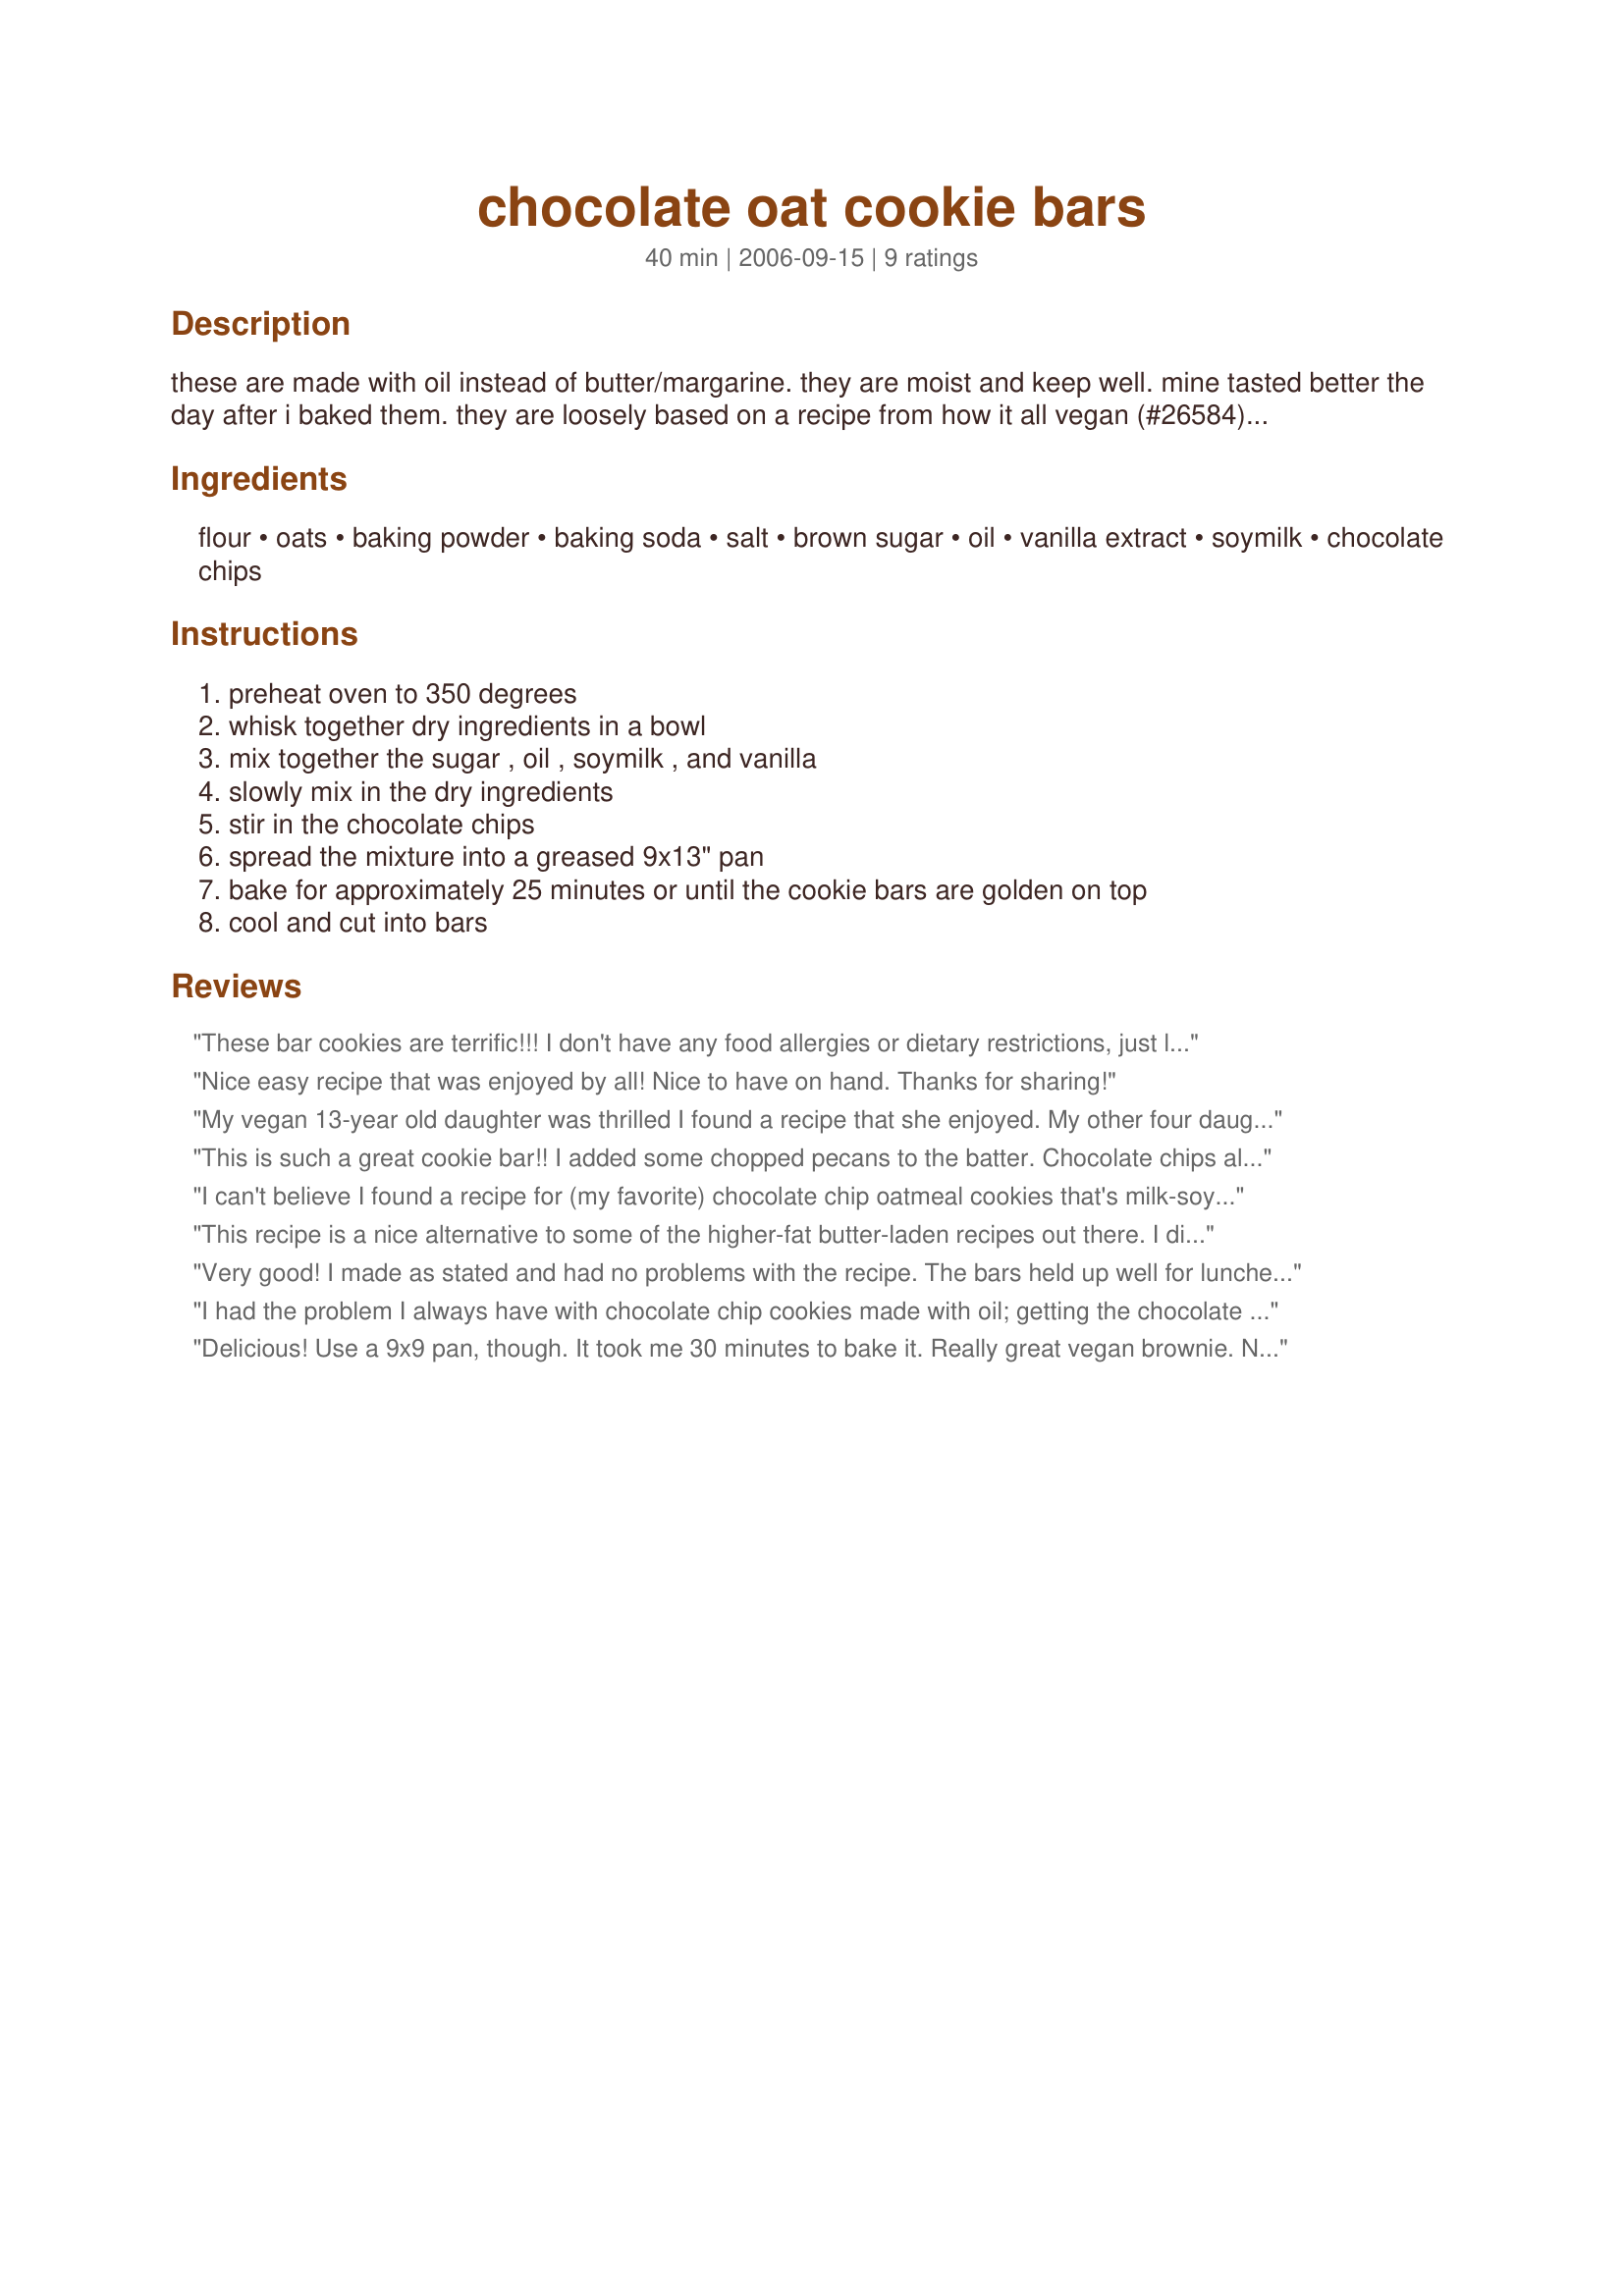
chocolate oat cookie bars
Preparation time: 40 minutes

these are made with oil instead of butter/margarine. they are moist and keep well. mine tasted better the day after i baked them. they are loosely based on a recipe from how it all vegan (#26584). the dough is extremely moist, and it maybe possible to cut back on the amount of oil or soy milk.

Ingredients:
flour, oats, baking powder, baking soda, salt, brown sugar, oil, vanilla extract, soymilk, chocolate chips

Steps:
preheat oven to 350 degrees, whisk together dry ingredients in a bowl, mix together the sugar , oil , soymilk , and vanilla, slowly mix in the dry ingredients, stir in the chocolate chips, spread the mixture into a greased 9x13" pan, bake for approximately 25 minutes or until the cookie bars are golden on top, cool and cut into bars

Reviews:
These bar cookies are terrific!!! I don't have any food allergies or dietary restrictions, just liked the idea of a simple recipe that didn't rely on eggs and/or butter which aren't always necessarily on hand. My thinking was "Anything with a whole cup of brown sugar can't turn out bad!" And I was very pleasantly surprised with the end product! The only change I made was that I subbed half the chocolate chips for butterscotch chips and would definitely do it that way again. As other posters mentioned, these do keep well and stay moist, but it is a little awkward getting the dough into the pan since it is rather sticky and the dough doesn't adhere to the chocolate chips. That being said, it all seemed to come together as it baked, and looked nice with whole chips on the top. Thank you for sharing this delicious recipe! I'll be making it much more in the future!
Nice easy recipe that was enjoyed by all! Nice to have on hand. Thanks for sharing!
My vegan 13-year old daughter was thrilled I found a recipe that she enjoyed. My other four daughters also enjoyed them. Thanks!
This is such a great cookie bar!! I added some chopped pecans to the batter. Chocolate chips always taste better with some nuts!! Thanks!
I can't believe I found a recipe for (my favorite) chocolate chip oatmeal cookies that's milk-soy-egg allergy-friendly!!! Oh thank goodness.

I used rice milk in place of soy milk, and I replaced all but 2 Tbs of oil with applesauce.

I liked the results in my 9x13 pan, but it does have a slight taste of "something missing" but I'm pretty sure that just means I need to add more salt. My chocolate chips did stick to the batter nicely, but I did replace most of the oil with homemade applesauce.

I'm so happy I found my favorite cookie without allergens!!!
This recipe is a nice alternative to some of the higher-fat butter-laden recipes out there. I did make a couple of changes to the recipe. I added a bit more salt than the 1/4 teaspoon called for, and I think that the recipe could maybe have even used a bit more. I also used skim milk in place of the soymilk. Overall, the cookie bars have a nice flavor--you really don't miss the butter. However, I feel that they're missing something (I don't think I left anything out :). I also thought that possibly a smaller pan could have been used for my batch of cookie bars--I'll try my 8 x 11 next time. Thanks for the recipe--I'll make this again.
Very good! I made as stated and had no problems with the recipe. The bars held up well for lunches the next day, and the leftovers stored well. The whole family enjoyed them. My favorites were the ones from the edges of the pan, so I'd bake a few minutes longer next time. LOVE that these use oil, a healthful alternative to butter. A vegan recipe that doesn't taste vegan, and for non-vegans, a good recipe to remember when you're out of eggs and need cookies pronto. Thanks for sharing the recipe! I'll use this often!
I had the problem I always have with chocolate chip cookies made with oil; getting the chocolate chips to adhere to the batter. That said, these had a good texture. I used 1/2 the oil and found it to be fine. Thanks for a quick and easy addition to lunchboxes today!
Delicious! Use a 9x9 pan, though. It took me 30 minutes to bake it. Really great vegan brownie. Next time I may put in walnuts, too.
